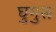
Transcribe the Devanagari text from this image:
घुगुस